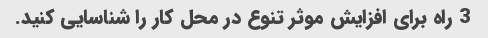
3 راه برای افزایش موثر تنوع در محل کار را شناسایی کنید.